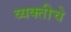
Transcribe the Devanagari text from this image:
व्यक्‍तीचे